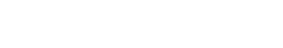
နောက်တော့ ဘာတွေဖြစ်သွားတာလဲ။